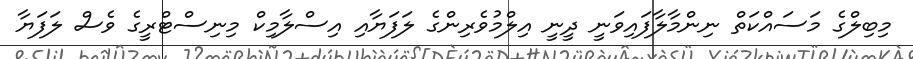
މިބިލްގެ މަސައްކަތް ނިންމާލާފައިވަނީ ދީނީ އިލްމުވެރިންގެ ލަފަޔާއި އިސްލާމިކް މިނިސްޓްރީގެ ވެސް ލަފަޔާ